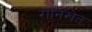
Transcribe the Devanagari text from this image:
रानिखेत